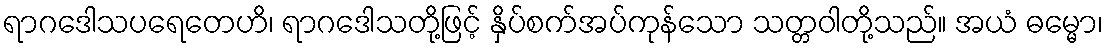
ရာဂဒေါသပရေတေဟိ၊ ရာဂဒေါသတို့ဖြင့် နှိပ်စက်အပ်ကုန်သော သတ္တဝါတို့သည်။ အယံ ဓမ္မော၊